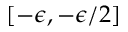
[ - \epsilon , - \epsilon / 2 ]